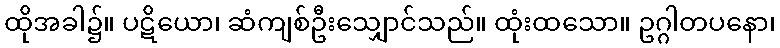
ထိုအခါ၌။ ပဋိယော၊ ဆံကျစ်ဦးသျှောင်သည်။ ထုံးထသော။ ဥဂ္ဂါတပနော၊